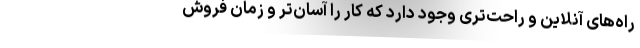
راه‌های آنلاین و راحت‌تری وجود دارد که کار را آسان‌تر و زمان فروش